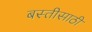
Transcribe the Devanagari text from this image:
बस्तीसाठी